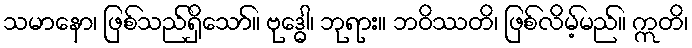
သမာနော၊ ဖြစ်သည်ရှိသော်။ ဗုဒ္ဓေါ၊ ဘုရား။ ဘဝိဿတိ၊ ဖြစ်လိမ့်မည်။ ဣတိ၊